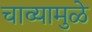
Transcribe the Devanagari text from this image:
चाव्यामुळे